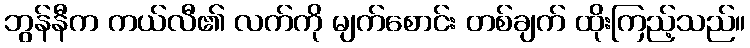
ဘွန်နီက ကယ်လီ၏ လက်ကို မျက်စောင်း တစ်ချက် ထိုးကြည့်သည်။